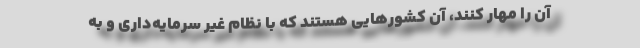
آن را مهار کنند، آن کشورهایی هستند که با نظام غیر سرمایه‌داری و به